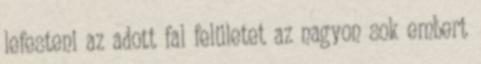
lefesteni az adott fal felületet az nagyon sok embert